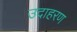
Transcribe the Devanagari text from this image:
उदाहरण